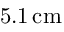
5 . 1 \, \mathrm { { c m } }